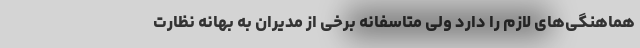
هماهنگی‌های لازم را دارد ولی متاسفانه برخی از مدیران به بهانه نظارت